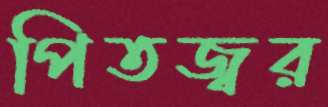
পিতজ্বর